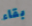
بقاء